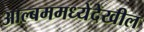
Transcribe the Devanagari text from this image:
आल्बममध्येदेखील